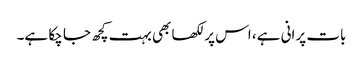
بات پرانی ہے، اس پر لکھا بھی بہت کچھ جا چکا ہے۔